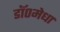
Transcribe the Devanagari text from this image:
डॉ०मेधा